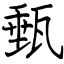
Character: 甀